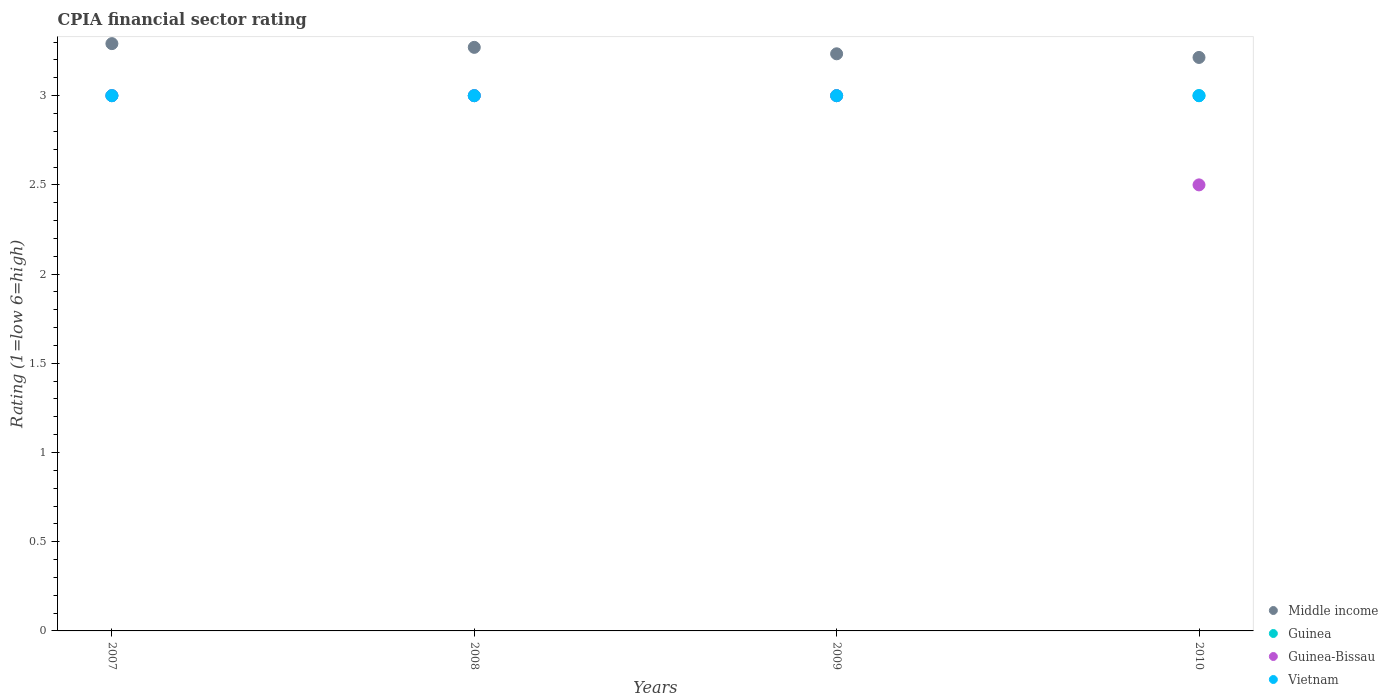
| Years | Middle income | Guinea | Guinea-Bissau | Vietnam |
 | --- | --- | --- | --- | --- |
 | 2007 | 3.29 | 3 | 3 | 3 |
 | 2008 | 3.27 | 3 | 3 | 3 |
 | 2009 | 3.23 | 3 | 3 | 3 |
 | 2010 | 3.21 | 3 | 2.5 | 3 |